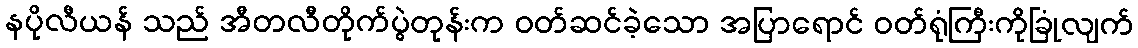
နပိုလီယန် သည် အီတလီတိုက်ပွဲတုန်းက ဝတ်ဆင်ခဲ့သော အပြာရောင် ဝတ်ရုံကြီးကိုခြုံလျက်